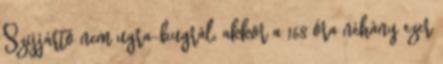
Szijjártó nem ugra-bugrál, akkor a 168 óra néhány ezer